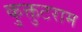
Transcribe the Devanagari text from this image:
कुक्तुटराम